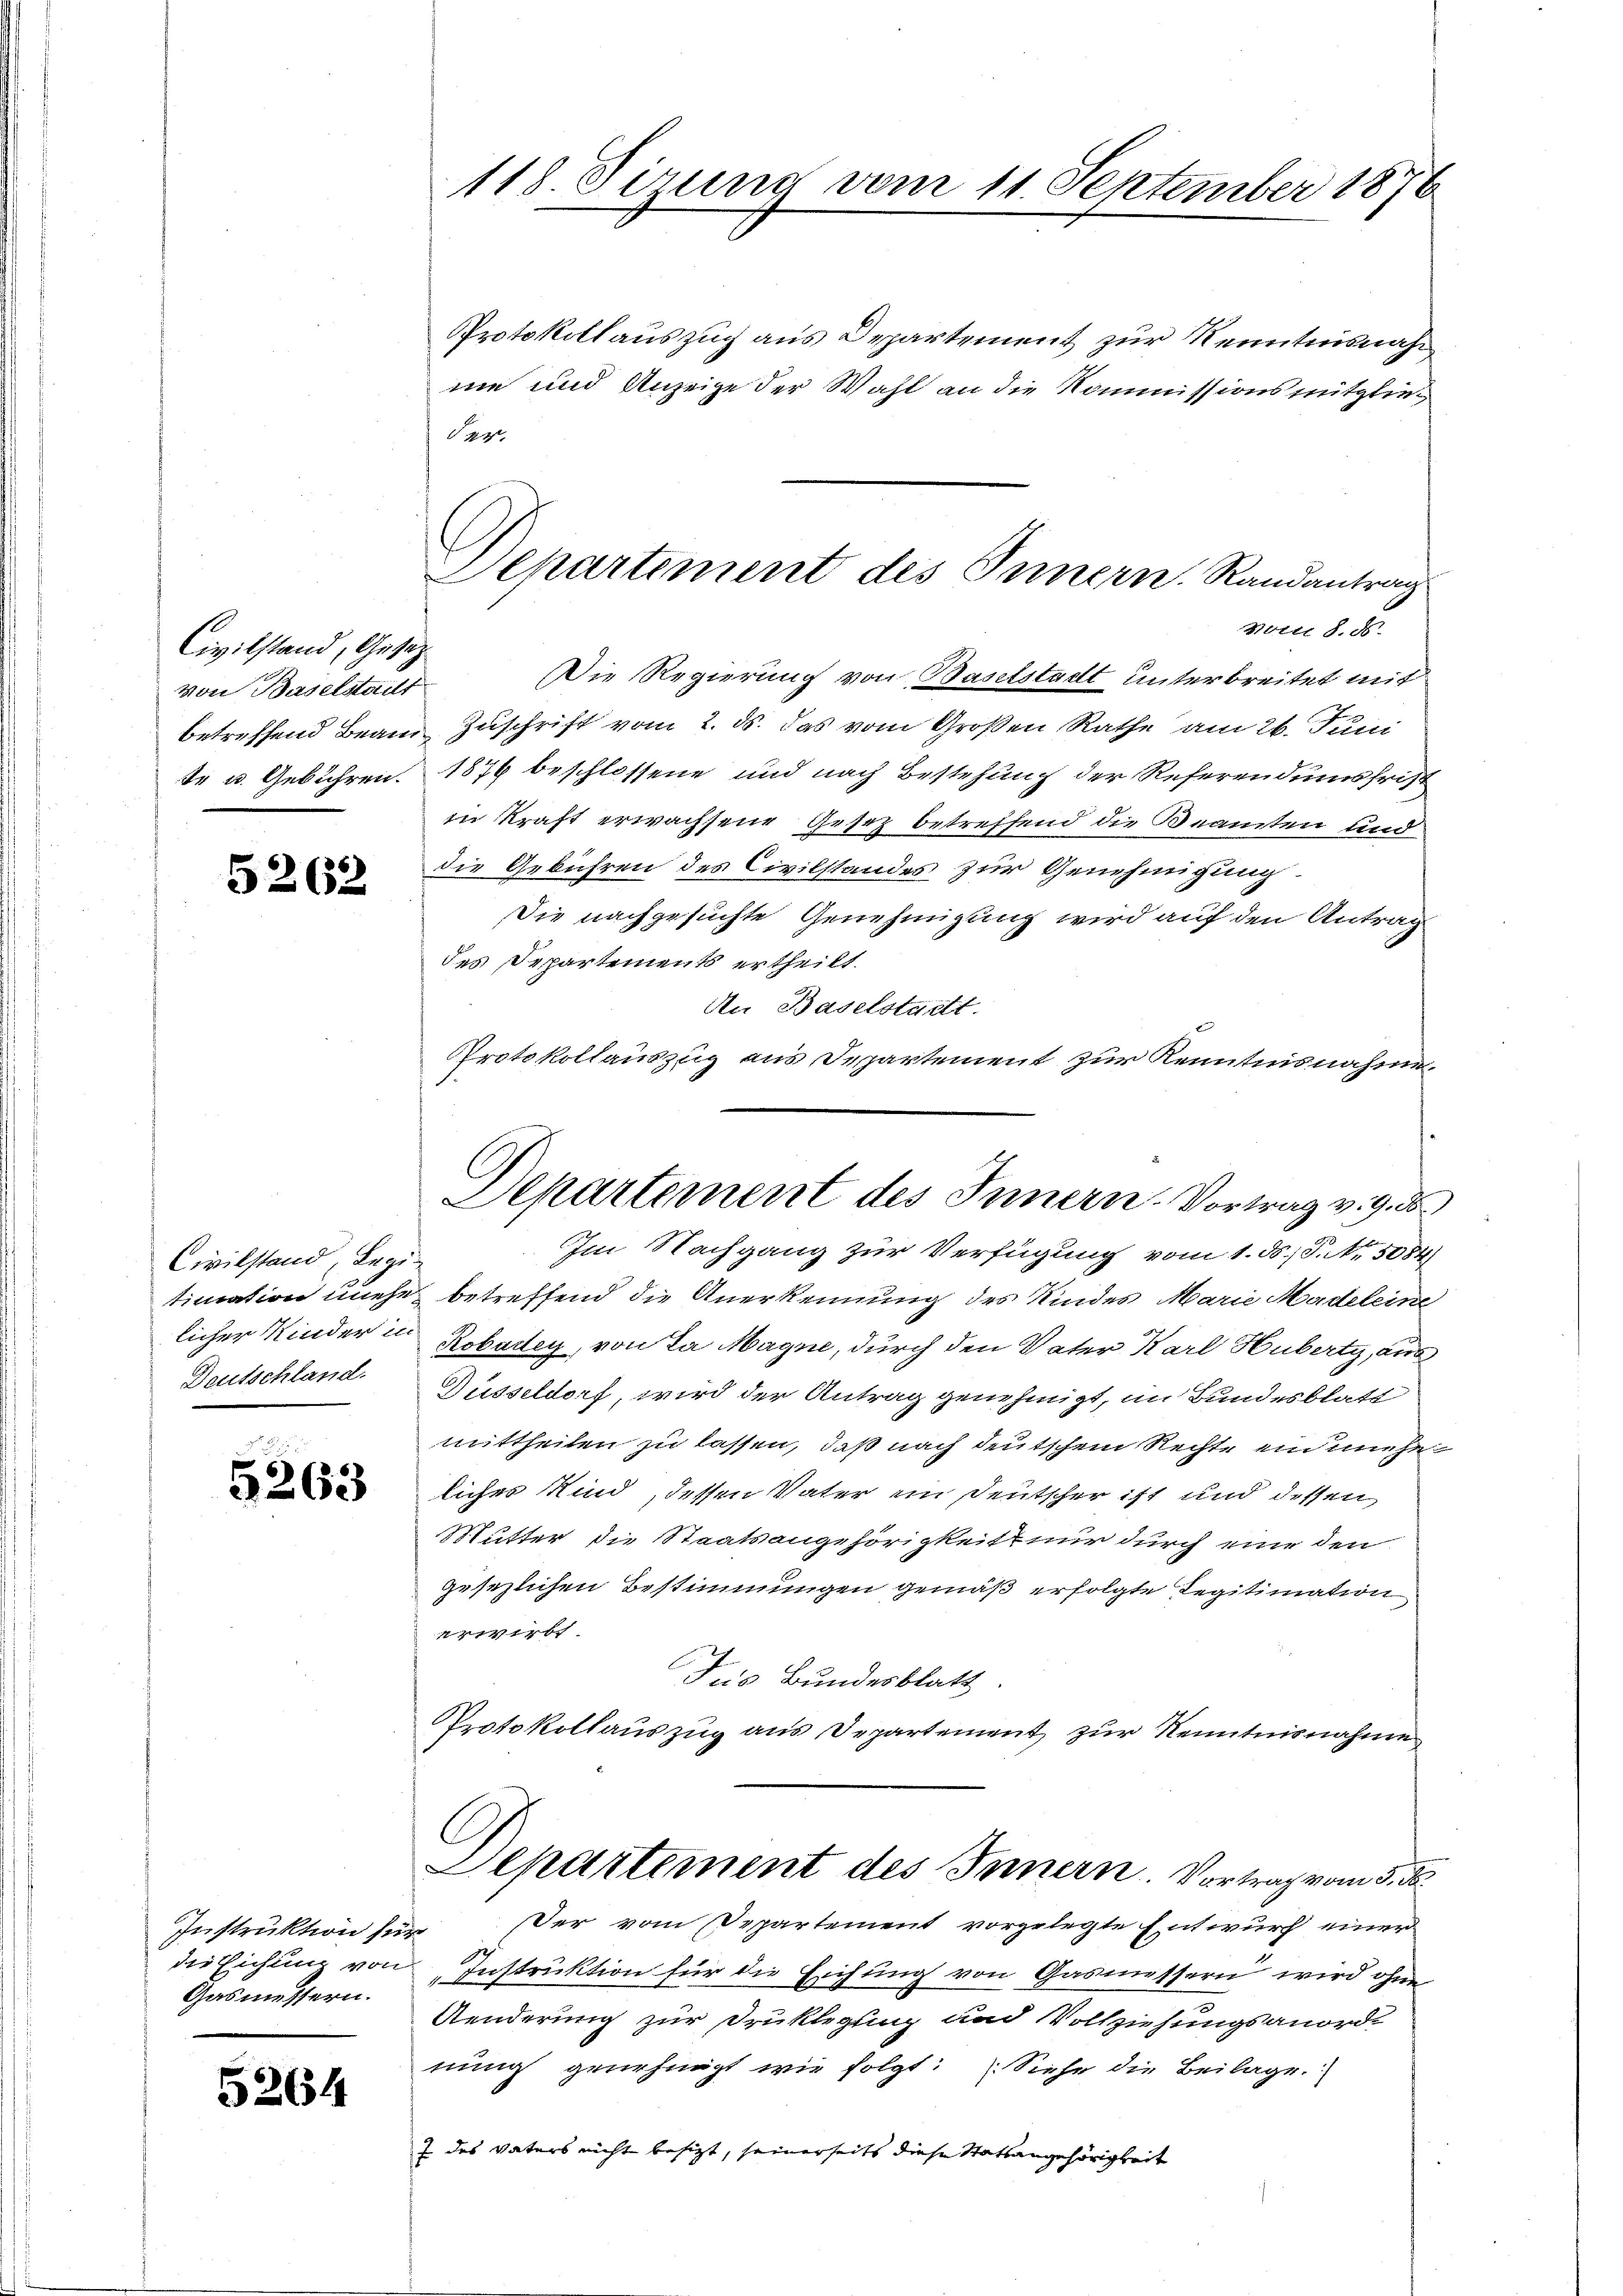
Civilstand, Gesezvon Baselstadt

5262

Civilstand, Legi-
Deutschland.

5263

Instruktion zu¬
Gasmessern.

5264

118. Sizung vom 11. September 1876

Protokollauszug aus Departement zur Kenntnisnah
ne und Anzeige der Wahl an die Kommissions mitgliea
Die Regierung von Baselstadt unterbreitet mit
betreffend Beam Zuschrift vom 2. ds. das vom Großen Rathe am 26. Juni
te u. Gebühren. 1876 beschlossene und nach Bestehung der Referendumsfrist
in Kraft erwachsene Gesetz betreffend die Beamten und
die Gebühren des Civilstandes zur Genehmigung.
Die nachgesuchte Genehmigung wird auf den Antrag
des Departements ertheilt.
An Baselstadtt.
Protokollauszug aus Departement zur Kenntnisnahme.
Im Nachgang zur Verfügung vom 1. ds. P. Nr. 5084)
timation unehe betreffend die Anerkennung des Kindes Marie Madeleine
licher Kinder in Robadey, von da Magne, durch den Vater Karl Huberty, aus
Düsseldorf, wird der Antrag genehmigt, im Bundesblatt
mittheilen zu lassen, daß nach deutschem Rechte ein unehelicher Kind, dessen Vater ein Deutscher ist und dessen
Mutter die Staatsangehörigkeit, nur durch eine den
gesezlichen Bestimmungen gemäß erfolgte Legitimation
erwirbt.
Dus Bundesblatt.
Protokollauszug aus Departement zur Kenntnisnahme
Departement des Innern. Vortrag vom 5. de
 Der vom Departement vorgelegte Entwurf einer
die Eichung von Instruktion für die Eichung von Gasmessern wird ohne
Aenderung zur Druklegung und Vollziehungsanordnung genehmigt wie folgt: Siehe die Beilage.
7 des Vaters nicht besizt, seinerseits diese Statsangehörigkeit

Departement des Innern. Randantrag
vom 8. ds.

Departement des Innern. Vortrag v. 9. ds.